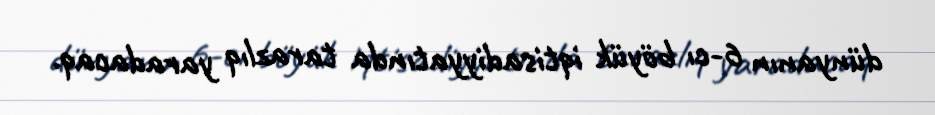
dünyanın 6-cı böyük iqtisadiyyatında tarazlıq yaradacaq.